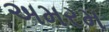
અમરમ